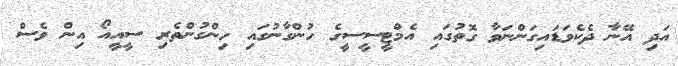
އަދި އޭނާ ދެކެވަޑައިގަންނަވާ ގޮތުގައި އެމްޓީސީސީގެ ހުންގާނުގައި ހިންގުންތެރި ސީއީއޯ އިން ވެސް